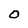
Character: O